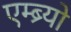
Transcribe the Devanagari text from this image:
एम्ब्र्यो